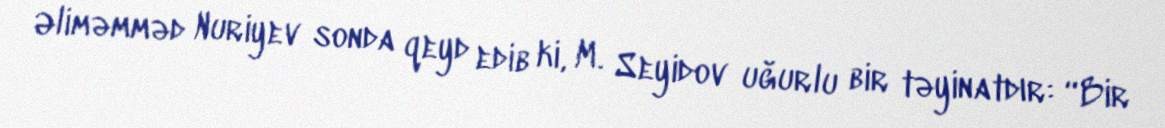
Əliməmməd Nuriyev sonda qeyd edib ki, M. Seyidov uğurlu bir təyinatdır: “Bir